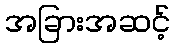
အခြားအဆင့်